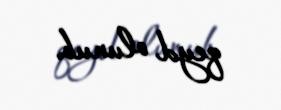
qeyd olunub.